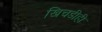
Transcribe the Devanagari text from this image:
खिचडीही